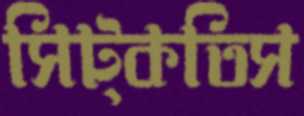
সিট্‌কতিস